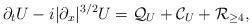
LaTeX: \begin{align*}\partial_t U - i |\partial_x|^{3/2} U= \mathcal{Q}_U + \mathcal{C}_U + \mathcal{R}_{\geq 4},\end{align*}